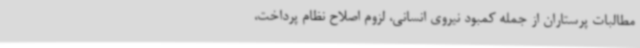
مطالبات پرستاران از جمله کمبود نیروی انسانی، لزوم اصلاح نظام پرداخت،